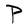
Character: P